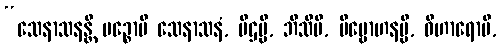
“သေနာသနန္တိ မဉ္စောပိ သေနာသနံ, ပီဌမ္ပိ, ဘိသိပိ, ဗိမ္ဗောဟနမ္ပိ, ဝိဟာရောပိ,